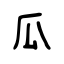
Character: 瓜